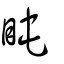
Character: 盹